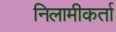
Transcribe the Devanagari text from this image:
निलामीकर्ता